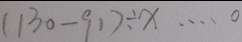
( 1 3 0 - 9 1 ) \div x \cdots 0